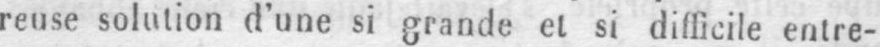
reuse solution d’une si grande et si difficile entre-